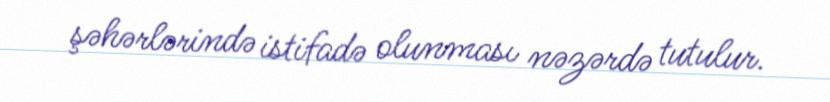
şəhərlərində istifadə olunması nəzərdə tutulur.